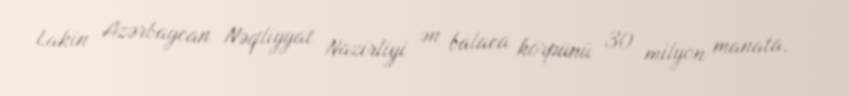
Lakin Azərbaycan Nəqliyyat Nazirliyi ən balaca körpünü 30 milyon manata,